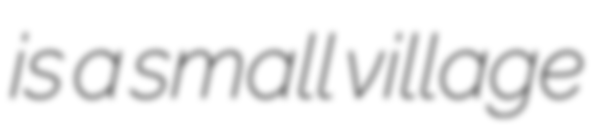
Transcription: is a small village